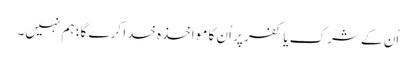
اُن کے شرک یا کفر پر اُن کا مواخذہ خدا کرے گا؛ ہم نہیں۔